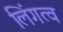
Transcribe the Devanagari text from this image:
लिंगत्व